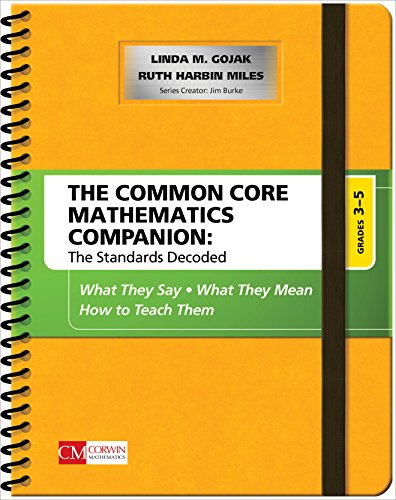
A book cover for The Common Core Mathematics Companion: The Standards Decoded, Grades 3-5: What They Say, What They Mean, How to Teach Them; Linda M. Gojak; Education & Teaching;